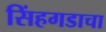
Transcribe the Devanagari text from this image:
सिंहगडाचा